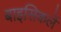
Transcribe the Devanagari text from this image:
बाइसिकलें